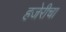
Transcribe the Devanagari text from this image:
हजेरीचा